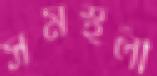
সমস্থলী